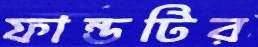
ফান্ডটির